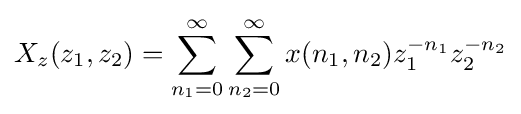
X_{z}(z_{1},z_{2})=\sum _{n_{1}=0}^{\infty }\sum _{n_{2}=0}^{\infty }x(n_{1},n_{2})z_{1}^{-n_{1}}z_{2}^{-n_{2}}